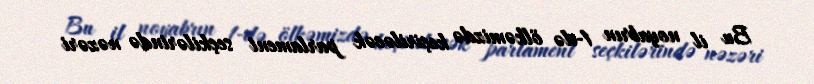
Bu il noyabrın 1-də ölkəmizdə keçiriləcək parlament seçkilərində nəzəri